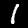
Label: 1